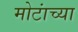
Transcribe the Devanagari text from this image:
मोटांच्या